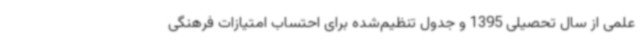
علمی از سال تحصیلی 1395 و جدول تنظیم‌شده برای احتساب امتیازات فرهنگی